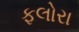
ફલોરા